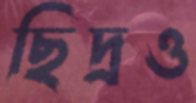
ছিদ্রও